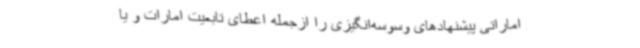
اماراتی پیشنهادهای وسوسه‌انگیزی را ازجمله اعطای تابعیت امارات و یا